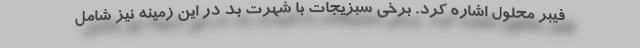
فیبر محلول اشاره کرد. برخی سبزیجات با شهرت بد در این زمینه نیز شامل